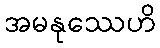
အမနုဿေဟိ